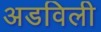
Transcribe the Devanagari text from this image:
अडविली